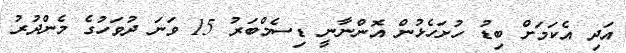
އަދި އެކަމަށް ބިޑު ހުށަހެޅުން އޮންނާނީ ޑިސެމްބަރު 15 ވަނަ ދުވަހުގެ މެންދުރު